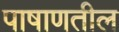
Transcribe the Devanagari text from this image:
पाषाणतील